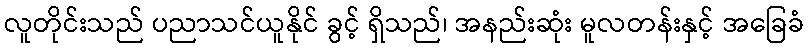
လူတိုင်းသည် ပညာသင်ယူနိုင် ခွင့် ရှိသည်၊ အနည်းဆုံး မူလတန်းနှင့် အခြေခံ